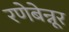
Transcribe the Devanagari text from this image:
रणेबेन्नूर